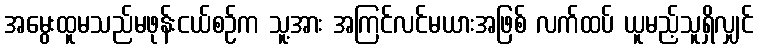
အမွေးထူမသည်မဖုန်းငယ်စဉ်က သူ့အား အကြင်လင်မယားအဖြစ် လက်ထပ် ယူမည့်သူရှိလျှင်